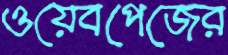
ওয়েবপেজের